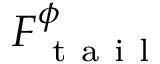
\boldsymbol { F } _ { \mathrm { ~ t ~ a ~ i ~ l ~ } } ^ { \phi }